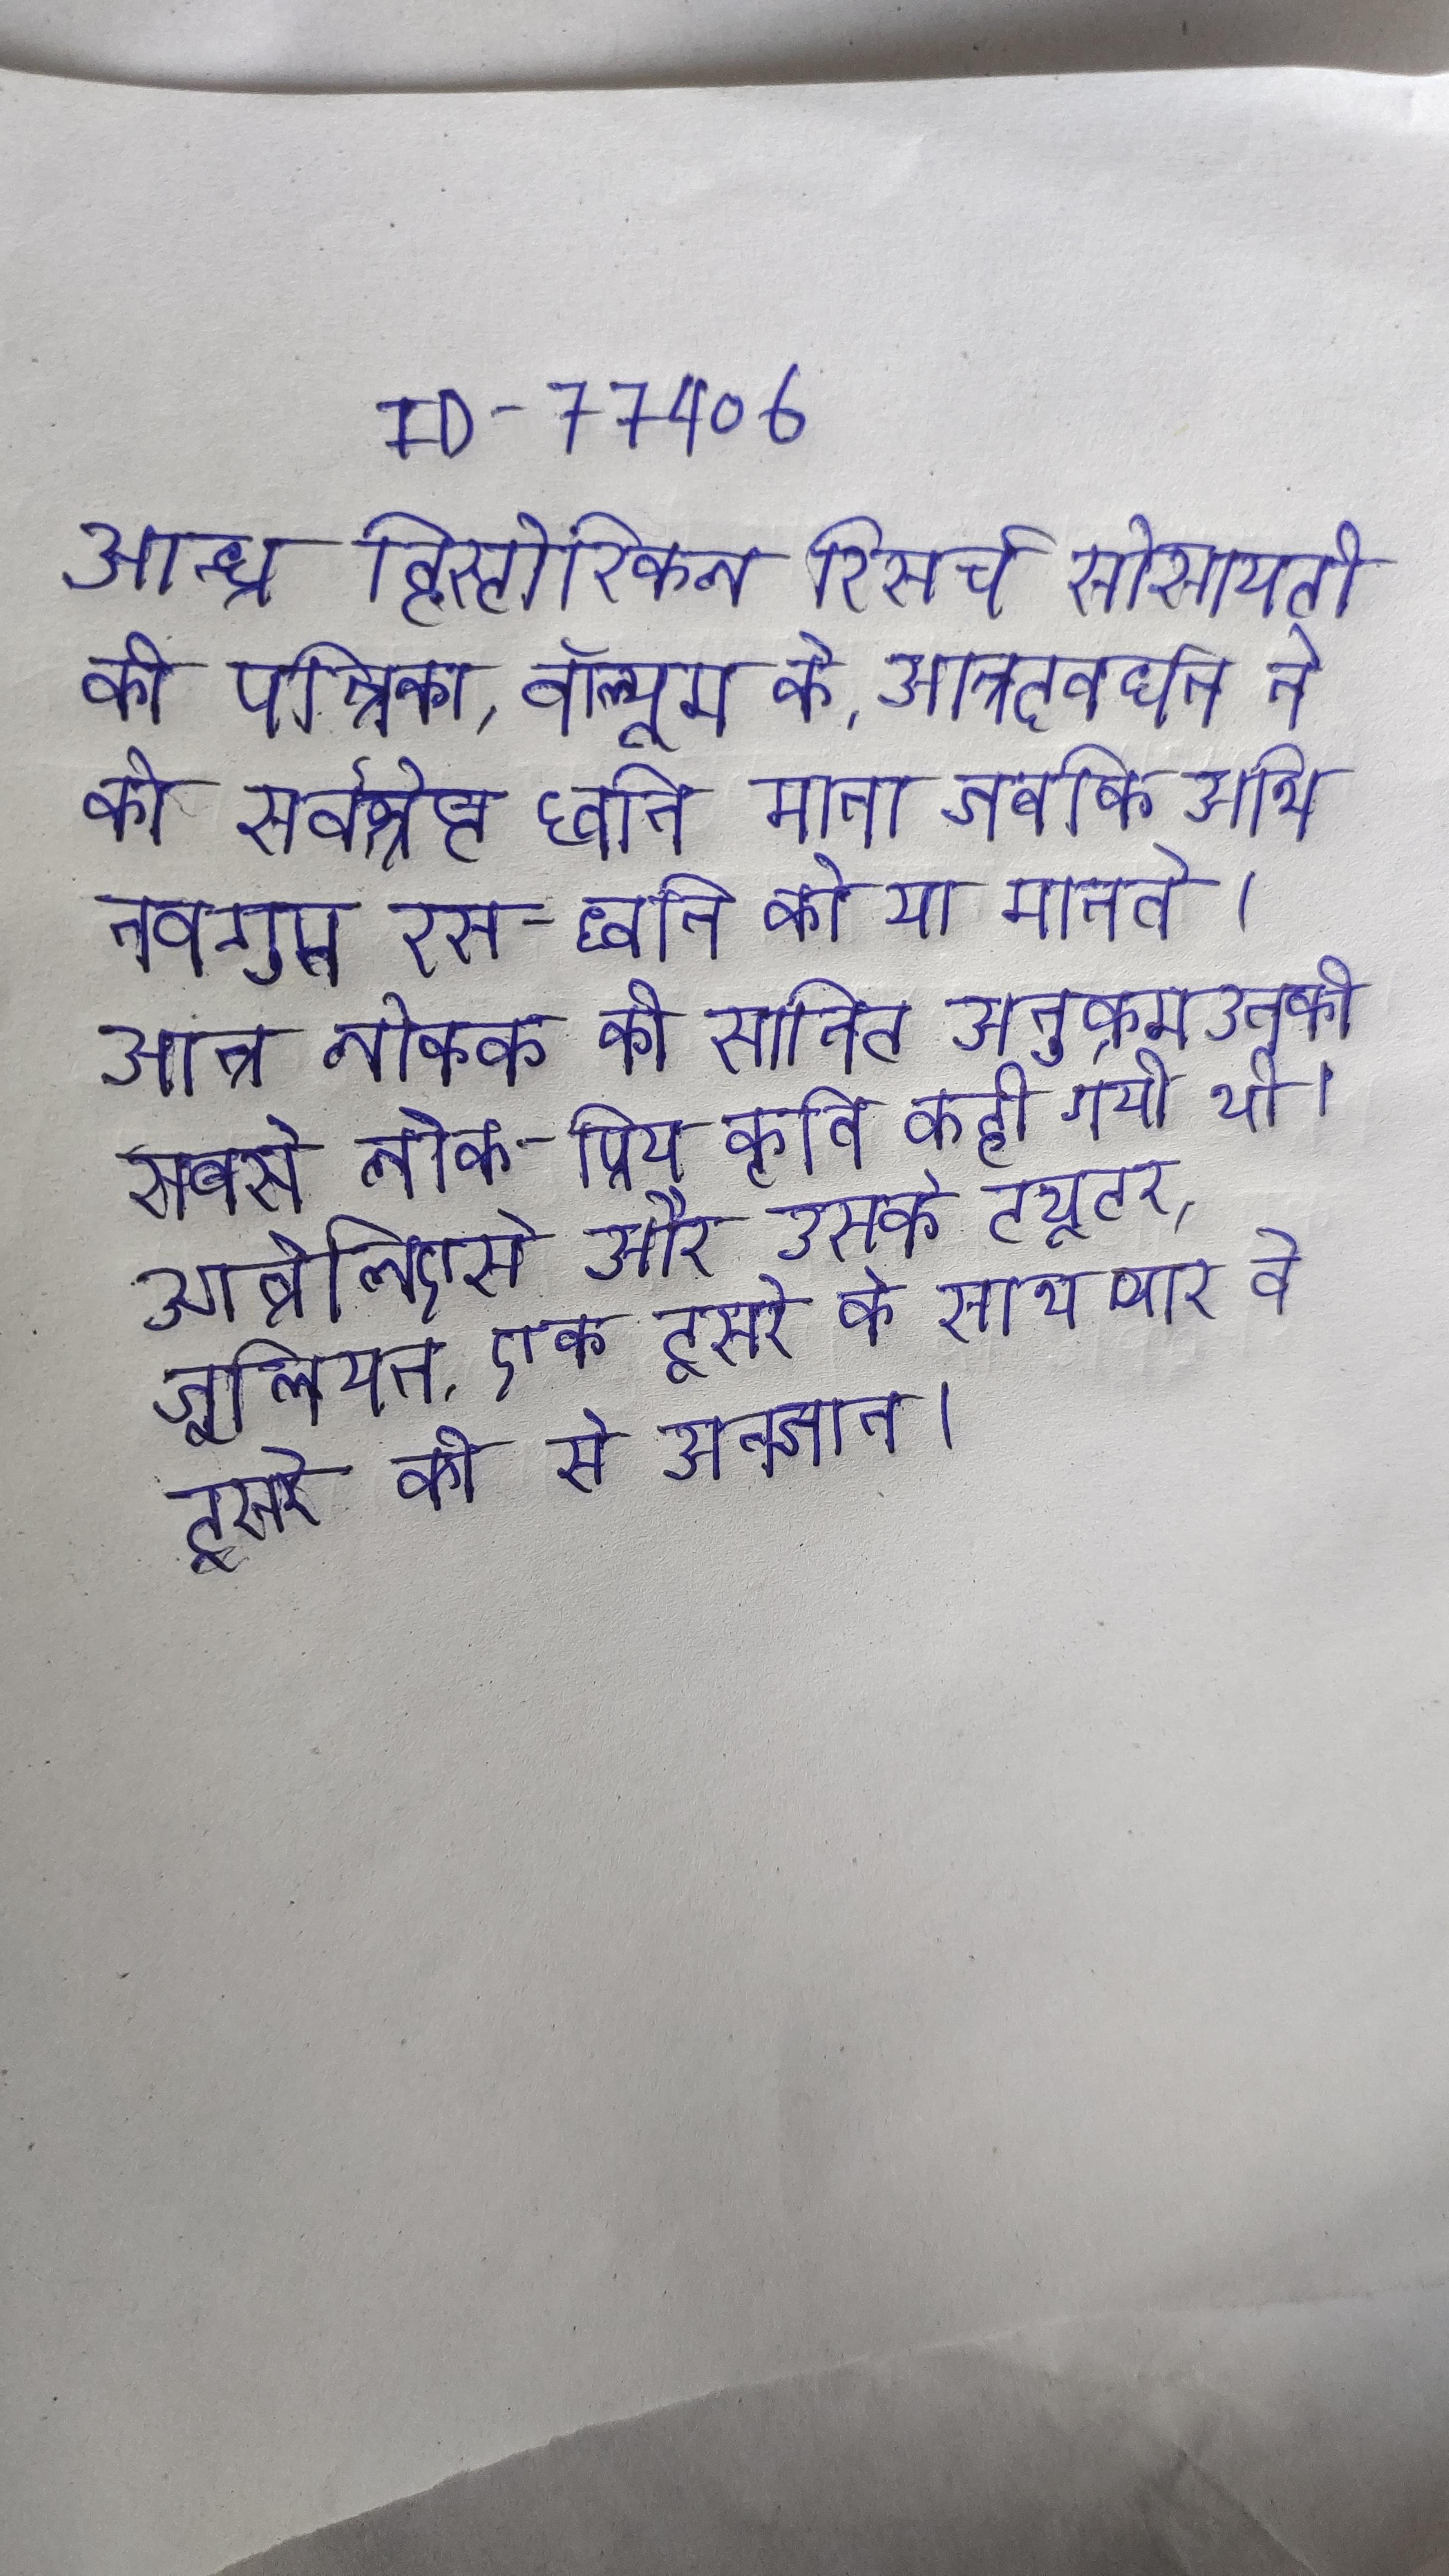
आन्ध्र हिस्टोरिकल रिसर्च सोसायटी की पत्रिका, वॉल्यूम के . आन्नदवर्धन ने को सर्वश्रेष्ठ ध्वनि माना जबकि अभिनवगुप्त रस-ध्वनि को या मानते । आन्न लोक्क की सानिट अनुक्रम उनकी सबसे लोक-प्रिय कृति कही गयी थी । आन्नेलिएसे और उसके ट्यूटर, जूलियन, एक दूसरे के साथ प्यार वे दूसरे की से अनजान ।